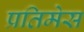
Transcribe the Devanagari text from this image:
प्रतिमेस